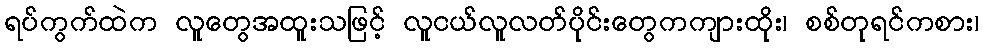
ရပ်ကွက်ထဲက လူတွေအထူးသဖြင့် လူငယ်လူလတ်ပိုင်းတွေကကျားထိုး၊ စစ်တုရင်ကစား၊